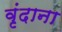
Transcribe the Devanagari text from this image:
वृंदाना